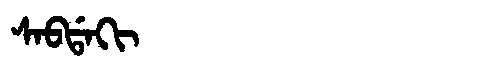
Manchu: ᠰᠠᠪᡩᠠᡴᡳ
Romanization: SABDAKI